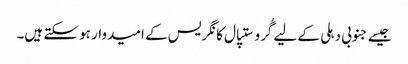
جیسے جنوبی دہلی کے لیے گُرو ستپال کانگریس کے امیدوار ہو سکتے ہیں۔